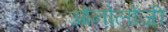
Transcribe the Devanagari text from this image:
ओनोलोजी